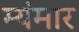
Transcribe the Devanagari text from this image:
म्यंमार